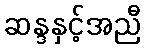
ဆန္ဒနှင့်အညီ